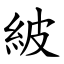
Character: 紴